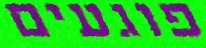
פוגעים